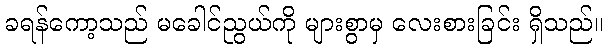
ခရန်ကော့သည် မခေါင်ညွယ်ကို များစွာမှ လေးစားခြင်း ရှိသည်။